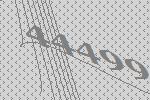
44499